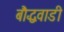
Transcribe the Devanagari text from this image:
बौद्धवाडी